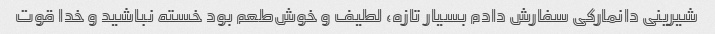
شیرینی دانمارکی سفارش دادم بسیار تازه، لطیف و خوش‌طعم بود خسته نباشید و خدا قوت